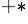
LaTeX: ^{+*}